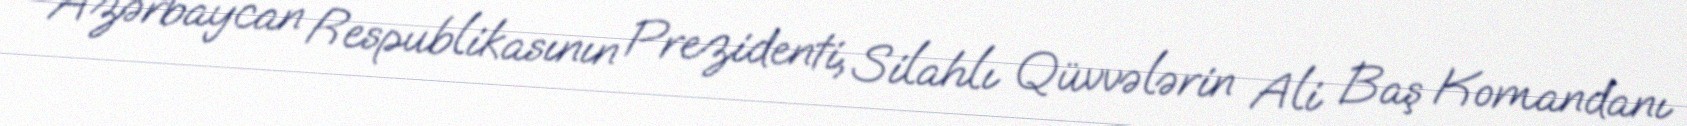
Azərbaycan Respublikasının Prezidenti, Silahlı Qüvvələrin Ali Baş Komandanı